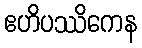
ဧဟိပဿိကေန